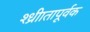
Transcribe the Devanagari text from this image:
श्ध्रीातापूर्वक